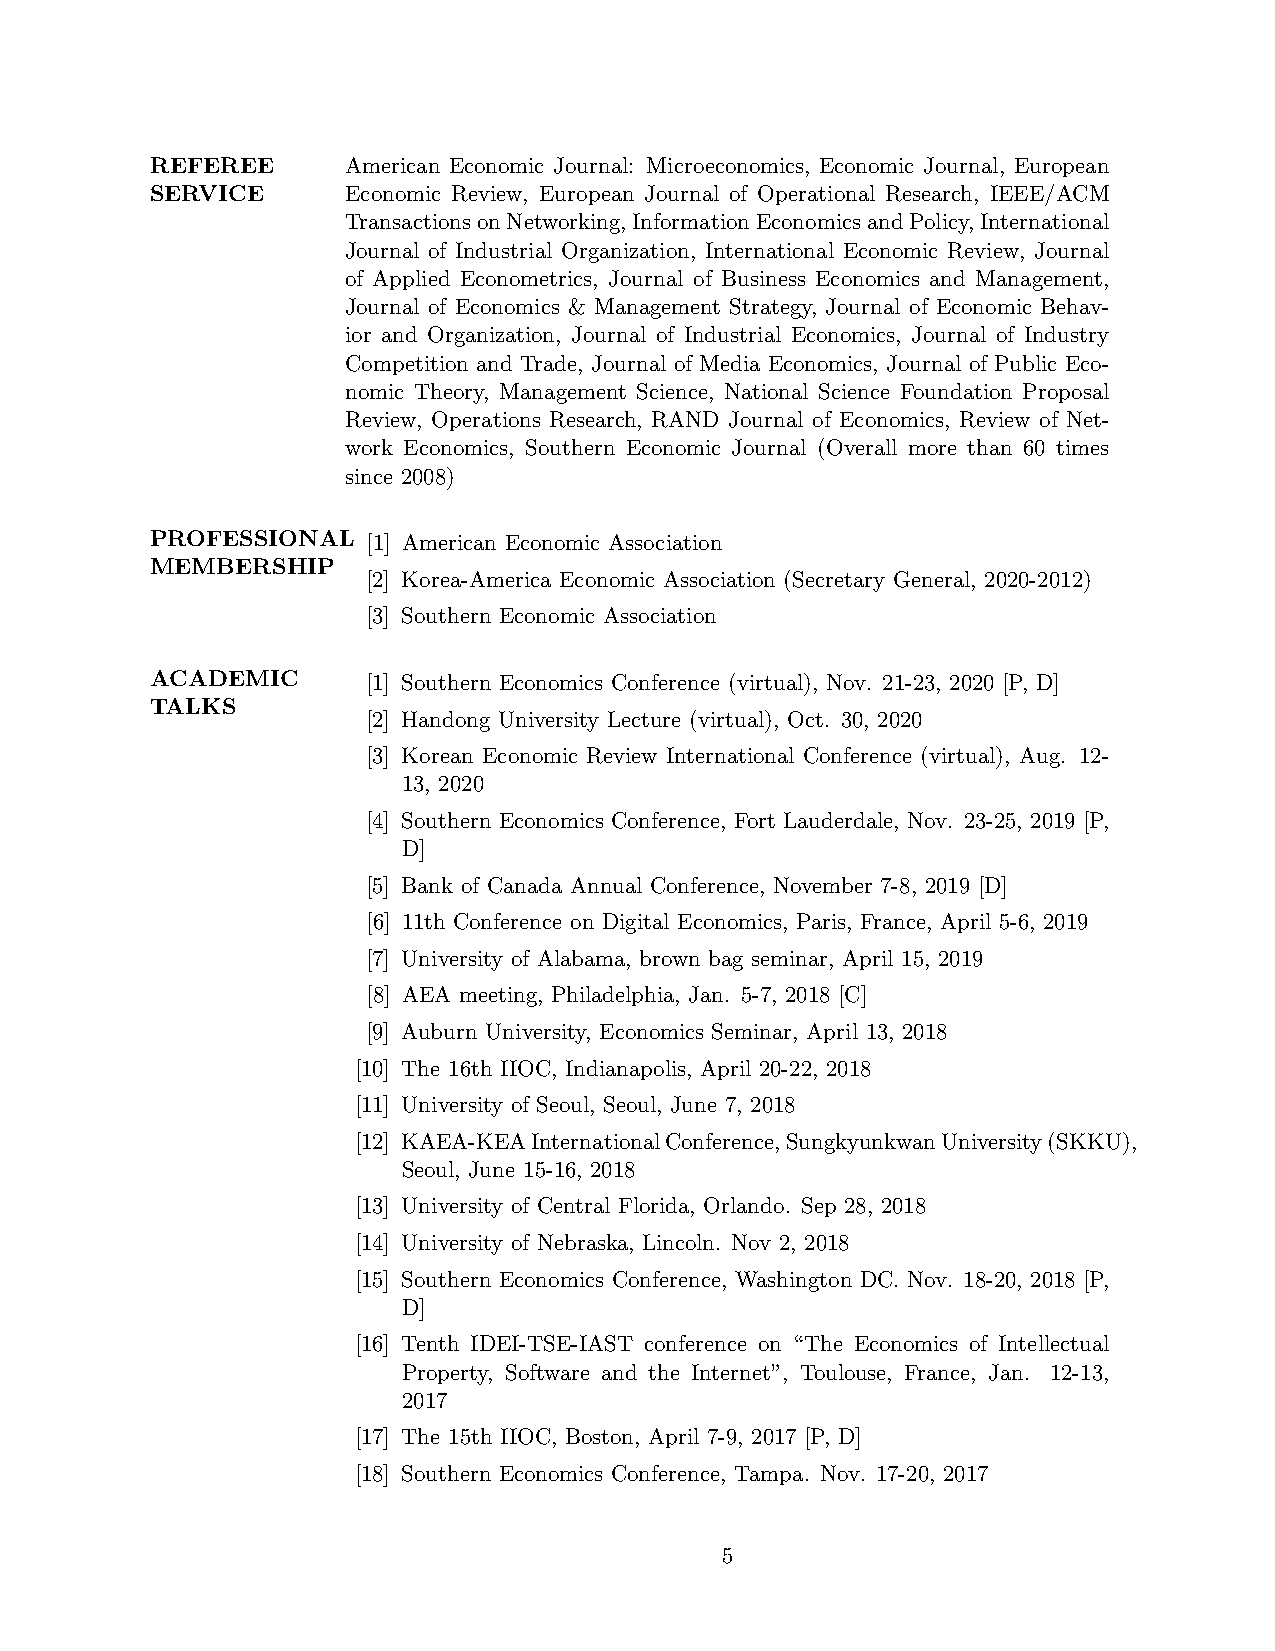
REFEREE      American Economic Journal: Microeconomics, Economic Journal, European
 SERVICE      Economic Review, European Journal of Operational Research, IEEE/ACM
 TransactionsonNetworking,InformationEconomicsandPolicy,International
 Journal of Industrial Organization, International Economic Review, Journal
 of Applied Econometrics, Journal of Business Economics and Management,
 Journal of Economics & Management Strategy, Journal of Economic Behav-
 ior and Organization, Journal of Industrial Economics, Journal of Industry
 Competition and Trade, Journal of Media Economics, Journal of Public Eco-
 nomic Theory, Management Science, National Science Foundation Proposal
 Review, Operations Research, RAND Journal of Economics, Review of Net-
 work Economics, Southern Economic Journal (Overall more than 60 times
 since 2008)
 PROFESSIONAL  [1] American Economic Association
 MEMBERSHIP
 [2] Korea-America Economic Association (Secretary General, 2020-2012)
 [3] Southern Economic Association
 ACADEMIC      [1] Southern Economics Conference (virtual), Nov. 21-23, 2020 [P, D]
 TALKS
 [2] Handong University Lecture (virtual), Oct. 30, 2020
 [3] Korean Economic Review International Conference (virtual), Aug. 12-
 13, 2020
 [4] Southern Economics Conference, Fort Lauderdale, Nov. 23-25, 2019 [P,
 D]
 [5] Bank of Canada Annual Conference, November 7-8, 2019 [D]
 [6] 11th Conference on Digital Economics, Paris, France, April 5-6, 2019
 [7] University of Alabama, brown bag seminar, April 15, 2019
 [8] AEA meeting, Philadelphia, Jan. 5-7, 2018 [C]
 [9] Auburn University, Economics Seminar, April 13, 2018
 [10] The 16th IIOC, Indianapolis, April 20-22, 2018
 [11] University of Seoul, Seoul, June 7, 2018
 [12] KAEA-KEAInternationalConference,SungkyunkwanUniversity(SKKU),
 Seoul, June 15-16, 2018
 [13] University of Central Florida, Orlando. Sep 28, 2018
 [14] University of Nebraska, Lincoln. Nov 2, 2018
 [15] Southern Economics Conference, Washington DC. Nov. 18-20, 2018 [P,
 D]
 [16] Tenth IDEI-TSE-IAST conference on “The Economics of Intellectual
 Property, Software and the Internet”, Toulouse, France, Jan. 12-13,
 2017
 [17] The 15th IIOC, Boston, April 7-9, 2017 [P, D]
 [18] Southern Economics Conference, Tampa. Nov. 17-20, 2017
 5